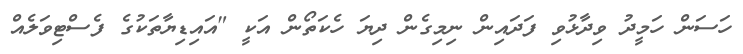
ހަސަން ހަމީދު ވިދާޅުވި ފަދައިން ނިމިގެން ދިޔަ ހެކަތޯން އަކީ "އައިޑިޔާތަކުގެ ފެސްޓިވަލެއް